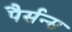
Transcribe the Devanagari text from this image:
पैर्सन्स